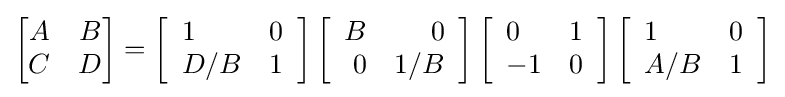
{\begin{bmatrix}A&B\\C&D\end{bmatrix}}=\left[{\begin{array}{ll}1&0\\D/B&1\end{array}}\right]\left[{\begin{array}{rr}B&0\\0&1/B\end{array}}\right]\left[{\begin{array}{ll}0&1\\-1&0\end{array}}\right]\left[{\begin{array}{ll}1&0\\A/B&1\end{array}}\right]